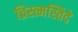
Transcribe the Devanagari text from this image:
च्रिस्त्मस्तिदे